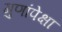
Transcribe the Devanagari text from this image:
गुणांपेक्षा